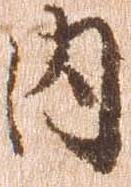
内